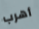
أهرب